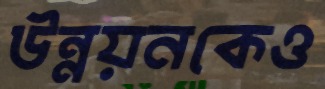
উন্নয়নকেও